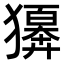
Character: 𤢫